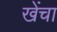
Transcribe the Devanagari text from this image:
खेंचा